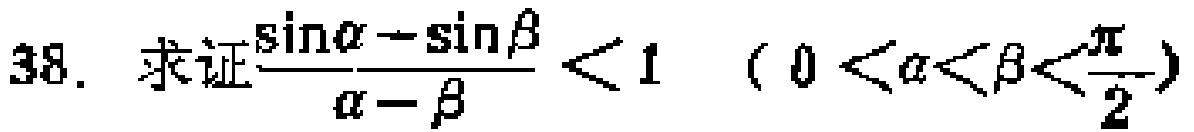
38. 求证$\frac{\sin\alpha - \sin\beta}{\alpha - \beta} < 1\ (0 < \alpha < \beta < \frac{\pi}{2})$